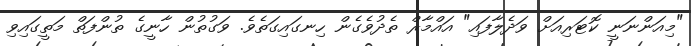
"މިއަންނަނީ ކޮޓަރިއަށް ވަދެލާފައި" އައްމާރް ތެދުވެގެން ހިނގައިގަތެވެ. ވަގުތުން ހާނީގެ ތުންފަތް މަތީގައިވި